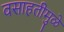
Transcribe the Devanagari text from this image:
वसाहतीमुळे